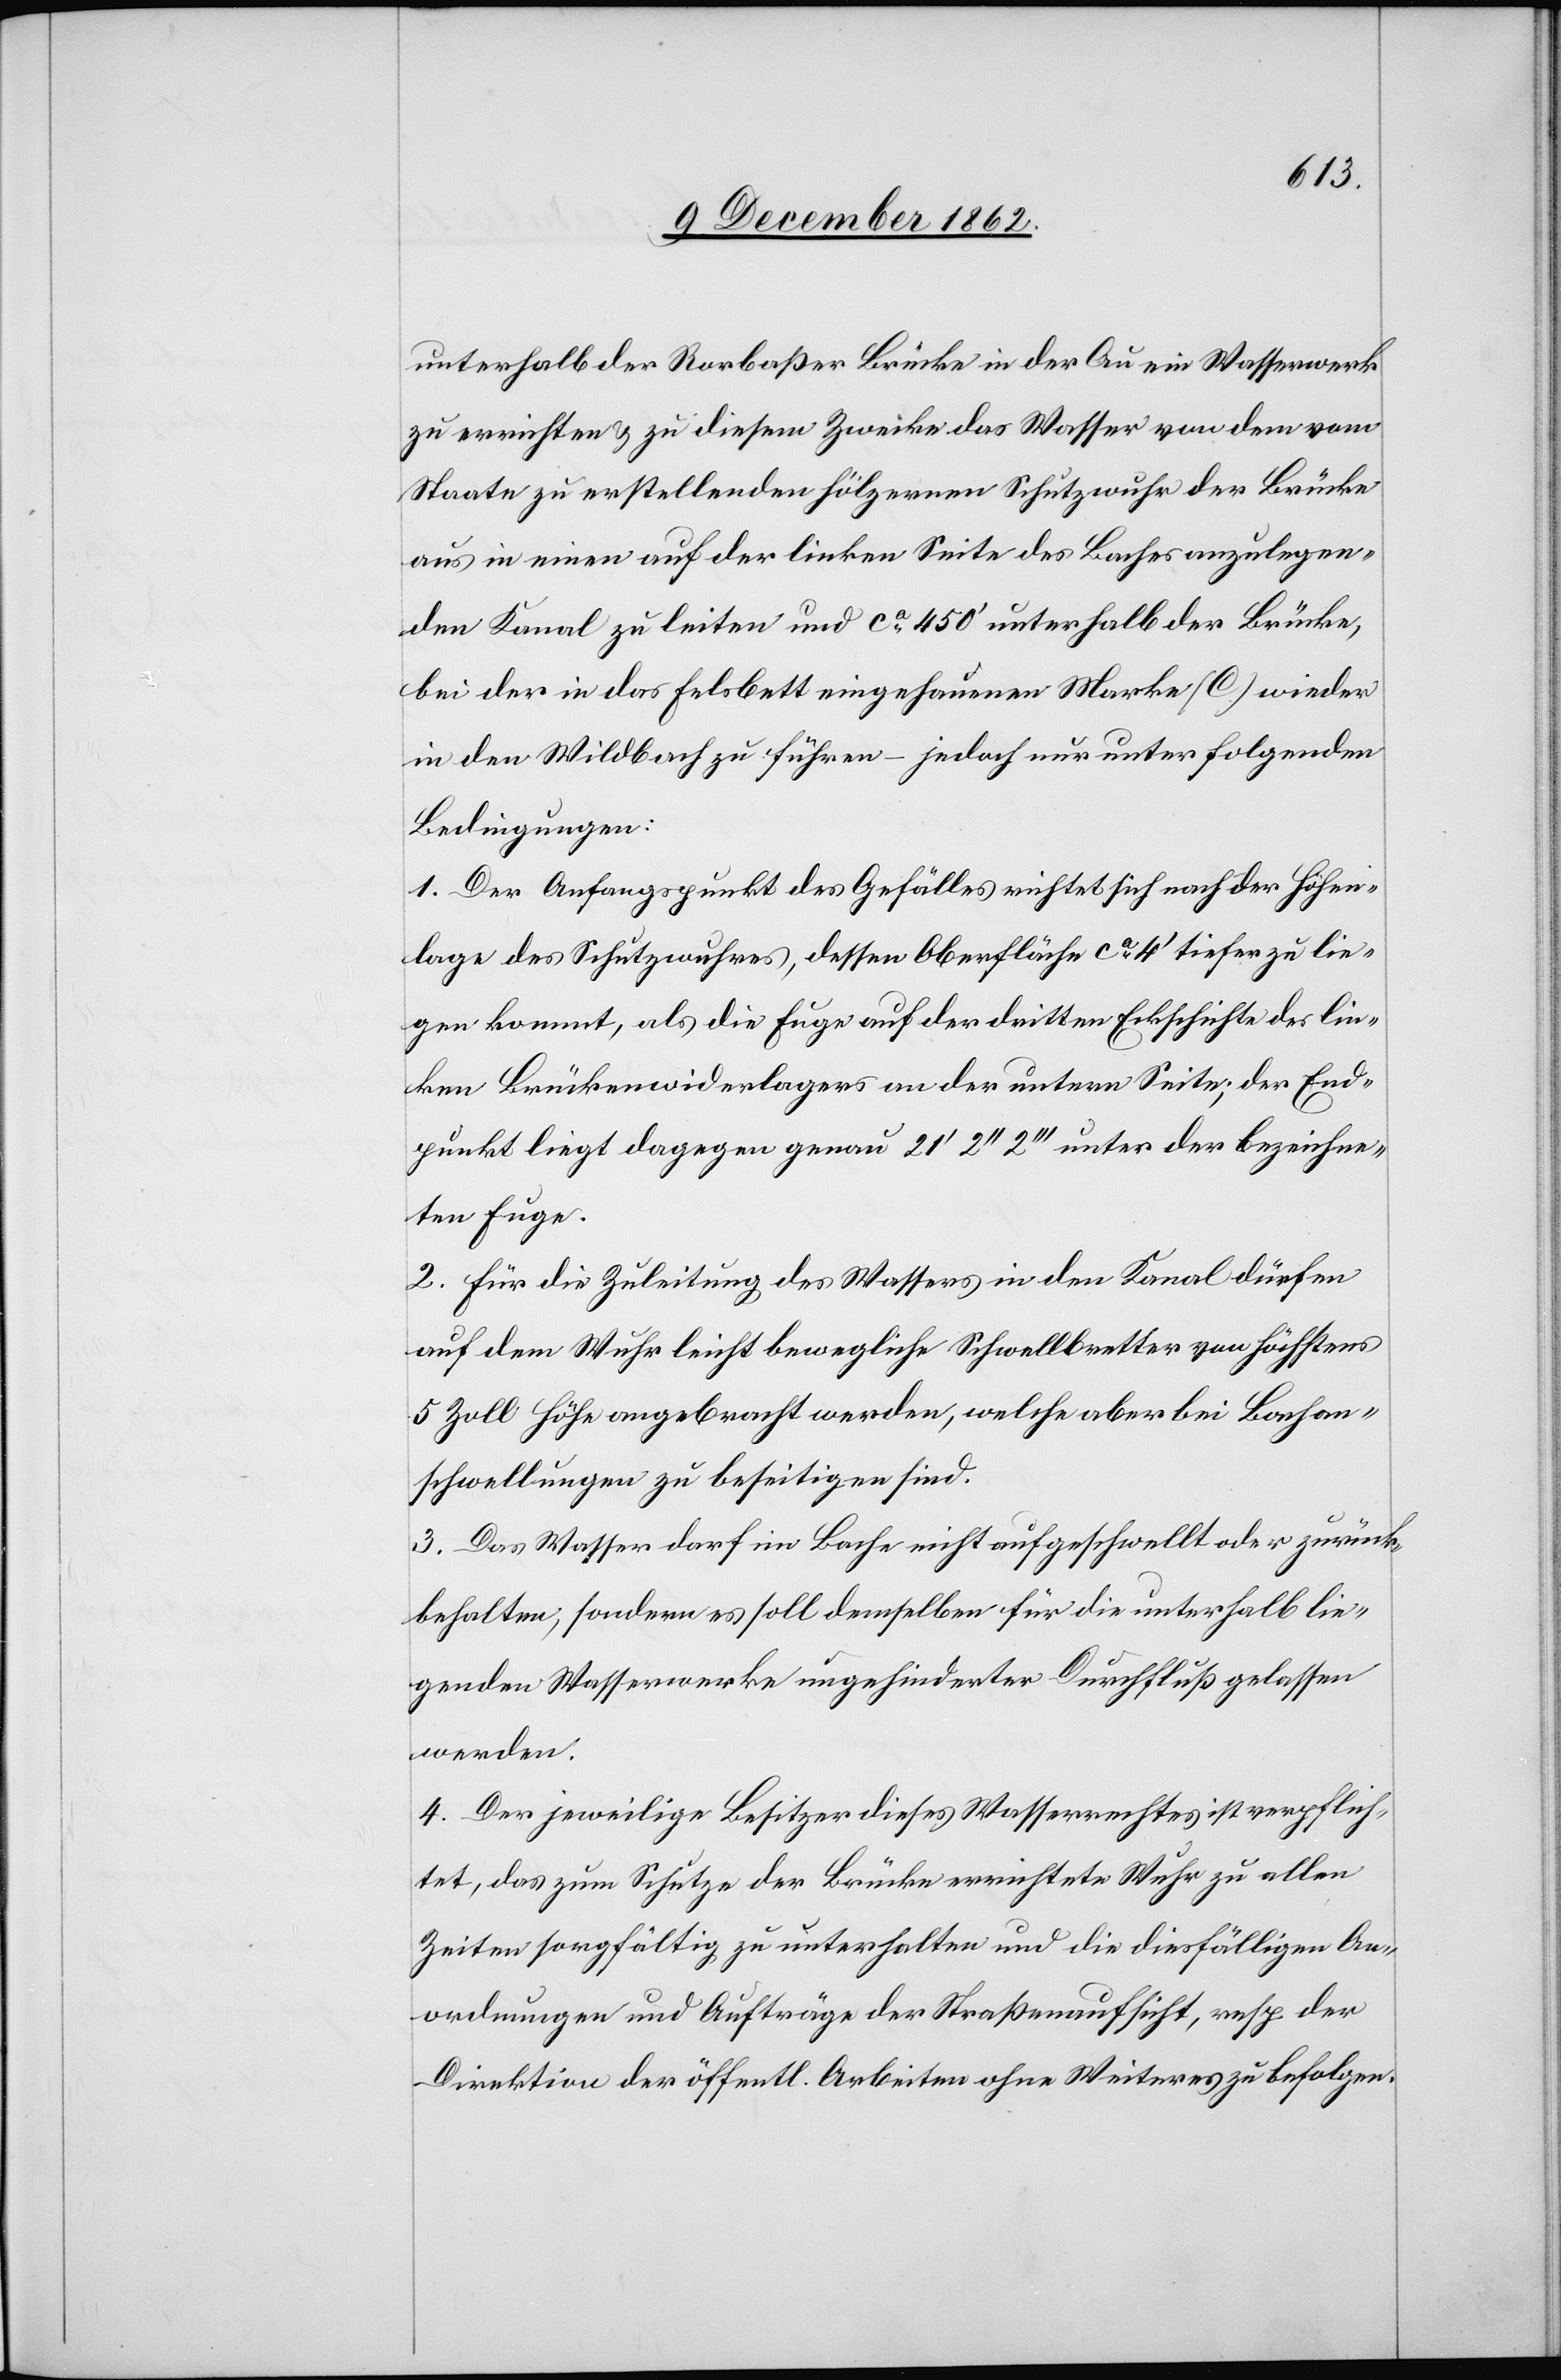
unterhalb der Rorbaßer Brücke in der Au ein Wasserwerk
zu errichten u. zu diesem Zwecke das Wasser von dem vom
Staate zu erstellenden hölzernen Schutzwuhr der Brücke
aus in einen auf der linken Seite des Baches anzulegen¬
den Kanal zu leiten und ca 450’ unterhalb der Brücke,
bei der in das Felsbett eingehauenen Marke wieder
in den Wildbach zu führen – jedoch nur unter folgenden
Bedingungen:
1. Der Anfangspunkt des Gefälles richtet sich nach der Höhen¬
lage des Schutzwuhres, dessen Oberfläche ca 4’ tiefer zu lie¬
gen kommt, als die Fuge auf der dritten Eckschichte des lin¬
ken Brückenwiderlagers an der untern Seite; der End¬
punkt liegt dagegen genau 21’ 2’’ 2’’’ unter der bezeichne¬
ten Fuge.
2. Für die Zuleitung des Wassers in den Kanal dürfen
auf dem Wuhr leicht bewegliche Schwellbretter von höchstens
5 Zoll Höhe angebracht werden, welche aber bei Bachan¬
schwellungen zu beseitigen sind.
3. Das Wasser darf im Bache nicht aufgeschwellt oder zurück¬
behalten, sondern es soll demselben für die unterhalb lie¬
genden Wasserwerke ungehinderter Durchfluß gelassen
werden.
4. Der jeweilige Besitzer dieses Wasserrechtes ist verpflich¬
tet, das zum Schutze der Brücke errichtete Wuhr zu allen
Zeiten sorgfältig zu unterhalten und die diesfälligen An¬
ordnungen und Aufträge der Straßenaufsicht, resp. der
Direktion der öffentl. Arbeiten ohne Weiteres zu befolgen.